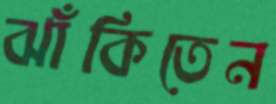
ঝাঁকিতেন